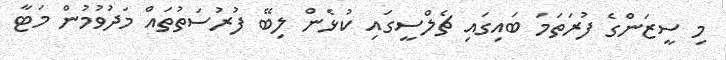
މި ސީޒަންގެ ފުރަތަމަ ބައިގައި ޗެލްސީގައި ކުޅެން ލިބޭ ފުރުސަތުތައް މަދުވުމުން މަޓާ